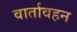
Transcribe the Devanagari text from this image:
वार्तावहन